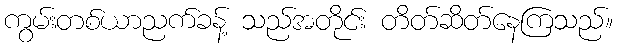
ကွမ်းတစ်ယာညက်ခန့် သည်အတိုင်း တိတ်ဆိတ်နေကြသည်။